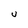
Character: U